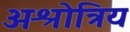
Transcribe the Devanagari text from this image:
अश्रोत्रिय